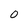
Character: 0